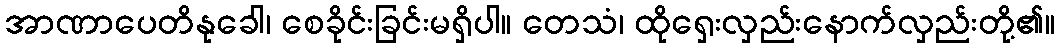
အာဏာပေတိနုခေါ၊ စေခိုင်းခြင်းမရှိပါ။ တေသံ၊ ထိုရှေးလှည်းနောက်လှည်းတို့၏။